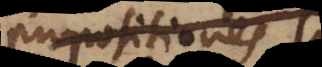
propositiones a